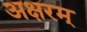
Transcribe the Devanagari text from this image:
अक्षरम्